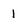
Character: 1